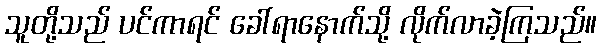
သူတို့သည် ပင်ကာရင် ခေါ်ရာနောက်သို့ လိုက်လာခဲ့ကြသည်။